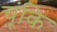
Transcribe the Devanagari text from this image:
चूंकि